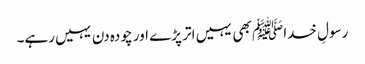
رسولِ خداﷺ بھی یہیں اتر پڑے اور چودہ دن یہیں رہے۔